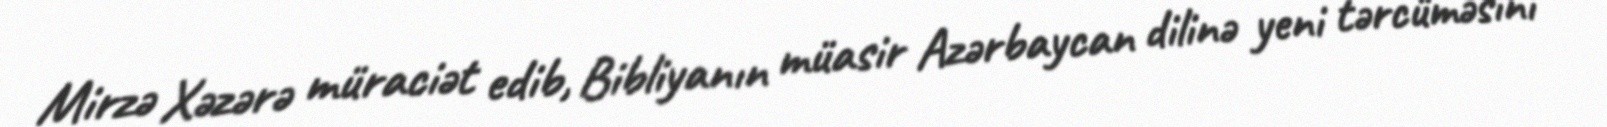
Mirzə Xəzərə müraciət edib, Bibliyanın müasir Azərbaycan dilinə yeni tərcüməsini